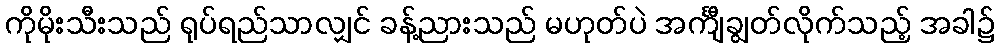
ကိုမိုးသီးသည် ရုပ်ရည်သာလျှင် ခန့်ညားသည် မဟုတ်ပဲ အင်္ကျီချွတ်လိုက်သည့် အခါ၌